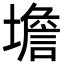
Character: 㙴